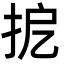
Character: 㧖